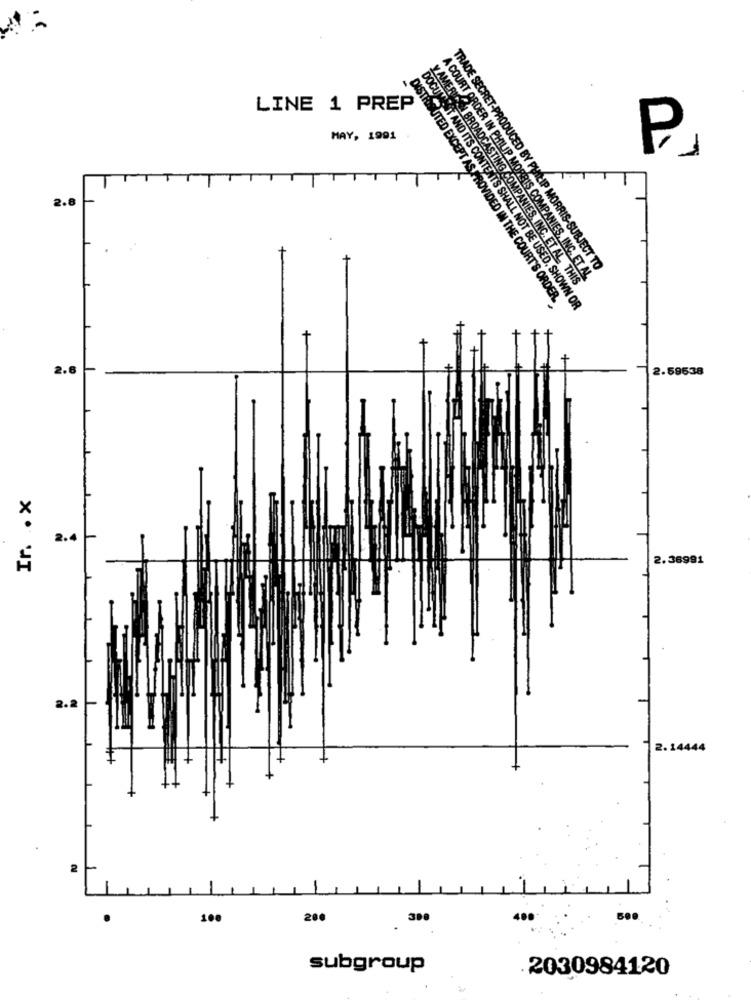
LINE 1 PREP
MAY, 1991
2.8
TRADE SECRET-PRODUCED BY PHILIP MORRIS-SUBJECT TO
A COURT ORDER IN PHILIP MORRIS COMPANIES, INC. ET AL
y AMERICANI BROADCASTING COMPANIES, INC. ET AL. THIS
DISTRIBUTED EXCEPT AS PROVIDED IN THE COURT'S ORDER.
DOCUMENT AND ITS CONTENTS SHALL NOT BE USED, SHOWN OR
2.6
2.59638
Ir. . x
2.4
2.36991
2.2
2.14444
+
100
200
480
subgroup
2030984120